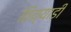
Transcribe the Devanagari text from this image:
तिय्याडी